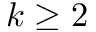
k \geq 2